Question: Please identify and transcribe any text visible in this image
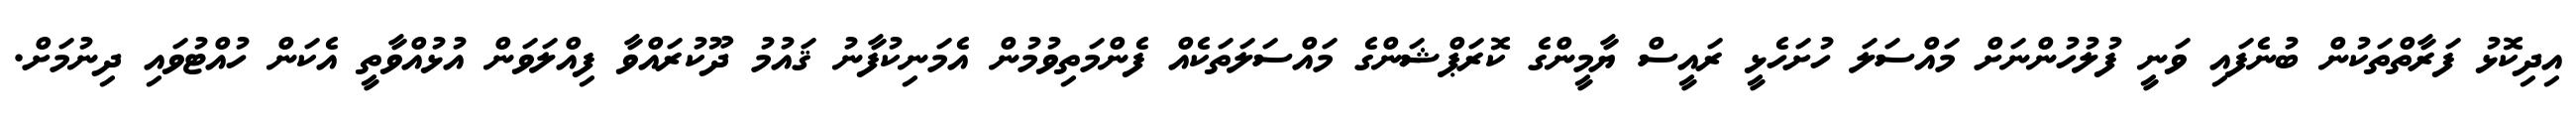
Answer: އިދިކޮޅު ފަރާތްތަކުން ބުނެފައި ވަނީ ފުލުހުންނަށް މައްސަލަ ހުށަހެޅީ ރައީސް ޔާމީންގެ ކޮރަޕްޝަންގެ މައްސަލަތަކެއް ފެންމަތިވުމުން އެމަނިކުފާނު ޤައުމު ދޫކުރައްވާ ފިއްލަވަން އުޅުއްވާތީ އެކަން ހުއްޓުވައި ދިނުމަށް.